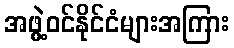
အဖွဲ့ဝင်နိုင်ငံများအကြား